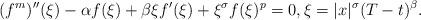
LaTeX: \begin{align*}(f^m)''(\xi)-\alpha f(\xi)+\beta\xi f'(\xi)+\xi^{\sigma}f(\xi)^p=0, \xi=|x|^{\sigma}(T-t)^{\beta}.\end{align*}